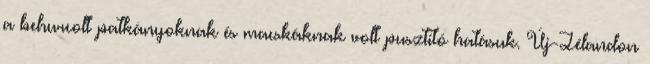
a behurcolt patkányoknak és macskáknak volt pusztító hatásuk. Új-Zélandon